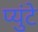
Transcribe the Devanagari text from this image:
प्युंटे